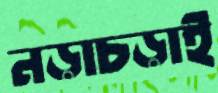
নড়াচড়াই